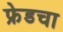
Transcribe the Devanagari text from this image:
फ्रेडचा